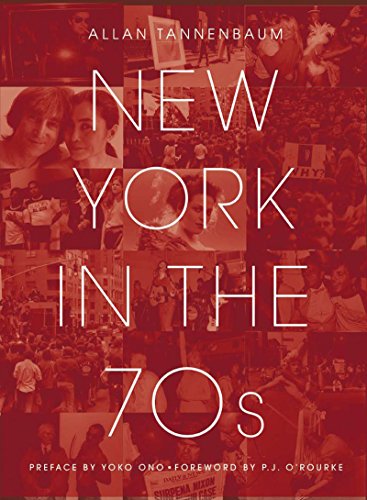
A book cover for New York in the 70s; Allan Tannenbaum; Arts & Photography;